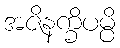
အဇိနက္ခိပမ္ပိ